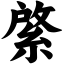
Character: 綮